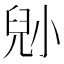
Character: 𡮅